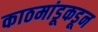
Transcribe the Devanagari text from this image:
काठमांडूकडून